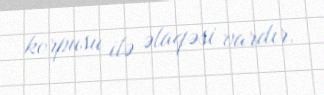
korpusu ilə əlaqəsi vardır.